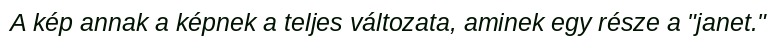
A kép annak a képnek a teljes változata, aminek egy része a "janet."